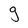
Character: g